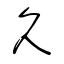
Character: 久